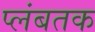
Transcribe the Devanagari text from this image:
प्लंबतक